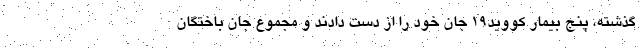
گذشته، پنج بیمار کووید۱۹ جان خود را از دست دادند و مجموع جان باختگان